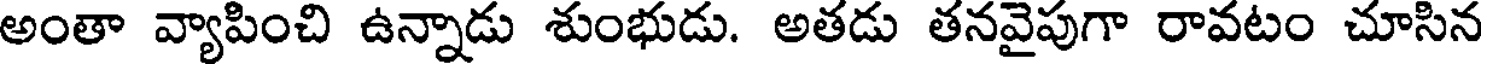
అంతా వ్యాపించి ఉన్నాడు శుంభుడు. అతడు తనవైపుగా రావటం చూసిన